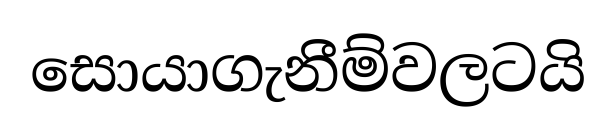
සොයාගැනීම්වලටයි